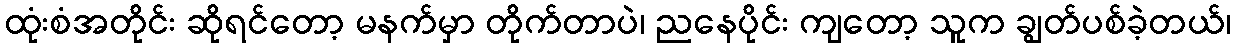
ထုံးစံအတိုင်း ဆိုရင်တော့ မနက်မှာ တိုက်တာပဲ၊ ညနေပိုင်း ကျတော့ သူက ချွတ်ပစ်ခဲ့တယ်၊